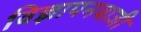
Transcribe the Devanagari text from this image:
विज्ञापनबाजी